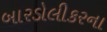
બારડોલીકરના